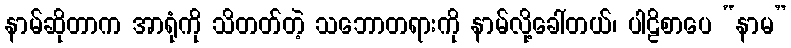
နာမ်ဆိုတာက အာရုံကို သိတတ်တဲ့ သဘောတရားကို နာမ်လို့ခေါ်တယ်၊ ပါဠိစာပေ “နာမ”